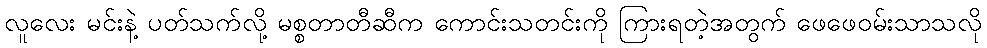
လူလေး မင်းနဲ့ ပတ်သက်လို့ မစ္စတာတီဆီက ကောင်းသတင်းကို ကြားရတဲ့အတွက် ဖေဖေဝမ်းသာသလို